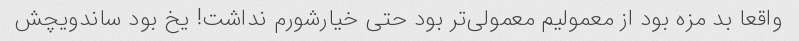
واقعا بد مزه بود از معمولیم معمولی‌تر بود حتی خیارشورم نداشت! یخ بود ساندویچش